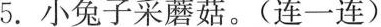
5.小兔子采蘑菇。(连一连)